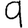
Digit: 9